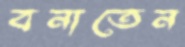
বনাতেন